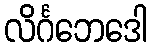
လိင်္ဂဘေဒေါ